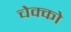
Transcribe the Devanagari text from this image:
चेक्को